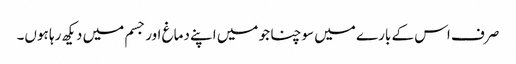
صرف اس کے بارے میں سوچنا جو میں اپنے دماغ اور جسم میں دیکھ رہا ہوں۔